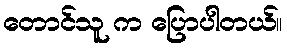
တောင်သူ က ပြောပါတယ်။